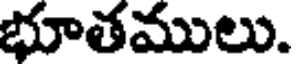
భూతములు.